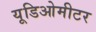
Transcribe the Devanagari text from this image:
यूडिओमीटर